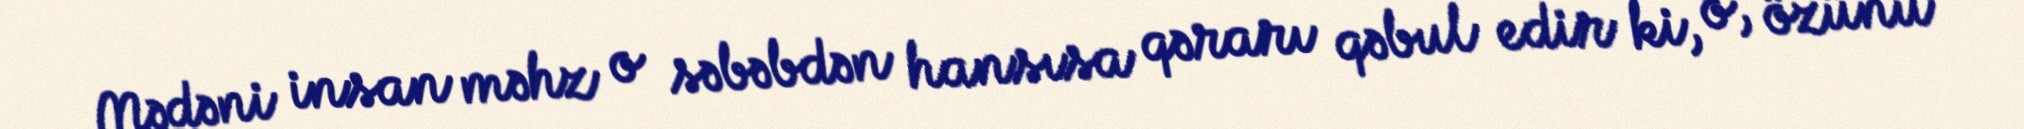
Mədəni insan məhz o səbəbdən hansısa qərarı qəbul edir ki, o, özünü